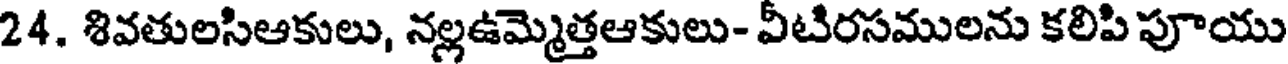
24. శివతులసిఆకులు, నల్లఉమ్మెత్తఆకులు- వీటిరసములను కలిపి పూయు